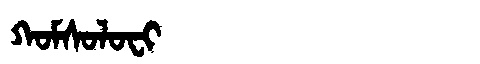
Manchu: ᡴᠣᠮᠰᠣᠯᠣᠸᡳ
Romanization: KOMSOLOFI